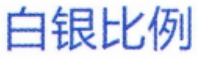
白银比例